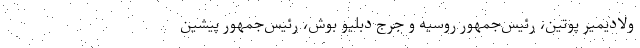
ولادیمیر پوتین، رئیس‌جمهور روسیه و جرج دبلیو بوش، رئیس‌جمهور پیشین